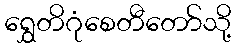
ရွှေတိဂုံစေတီတော်သို့